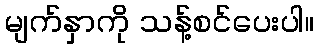
မျက်နှာကို သန့်စင်ပေးပါ။